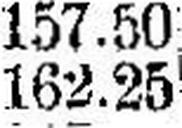
162.25